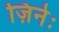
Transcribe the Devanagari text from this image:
ज़िनेः